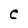
Character: C